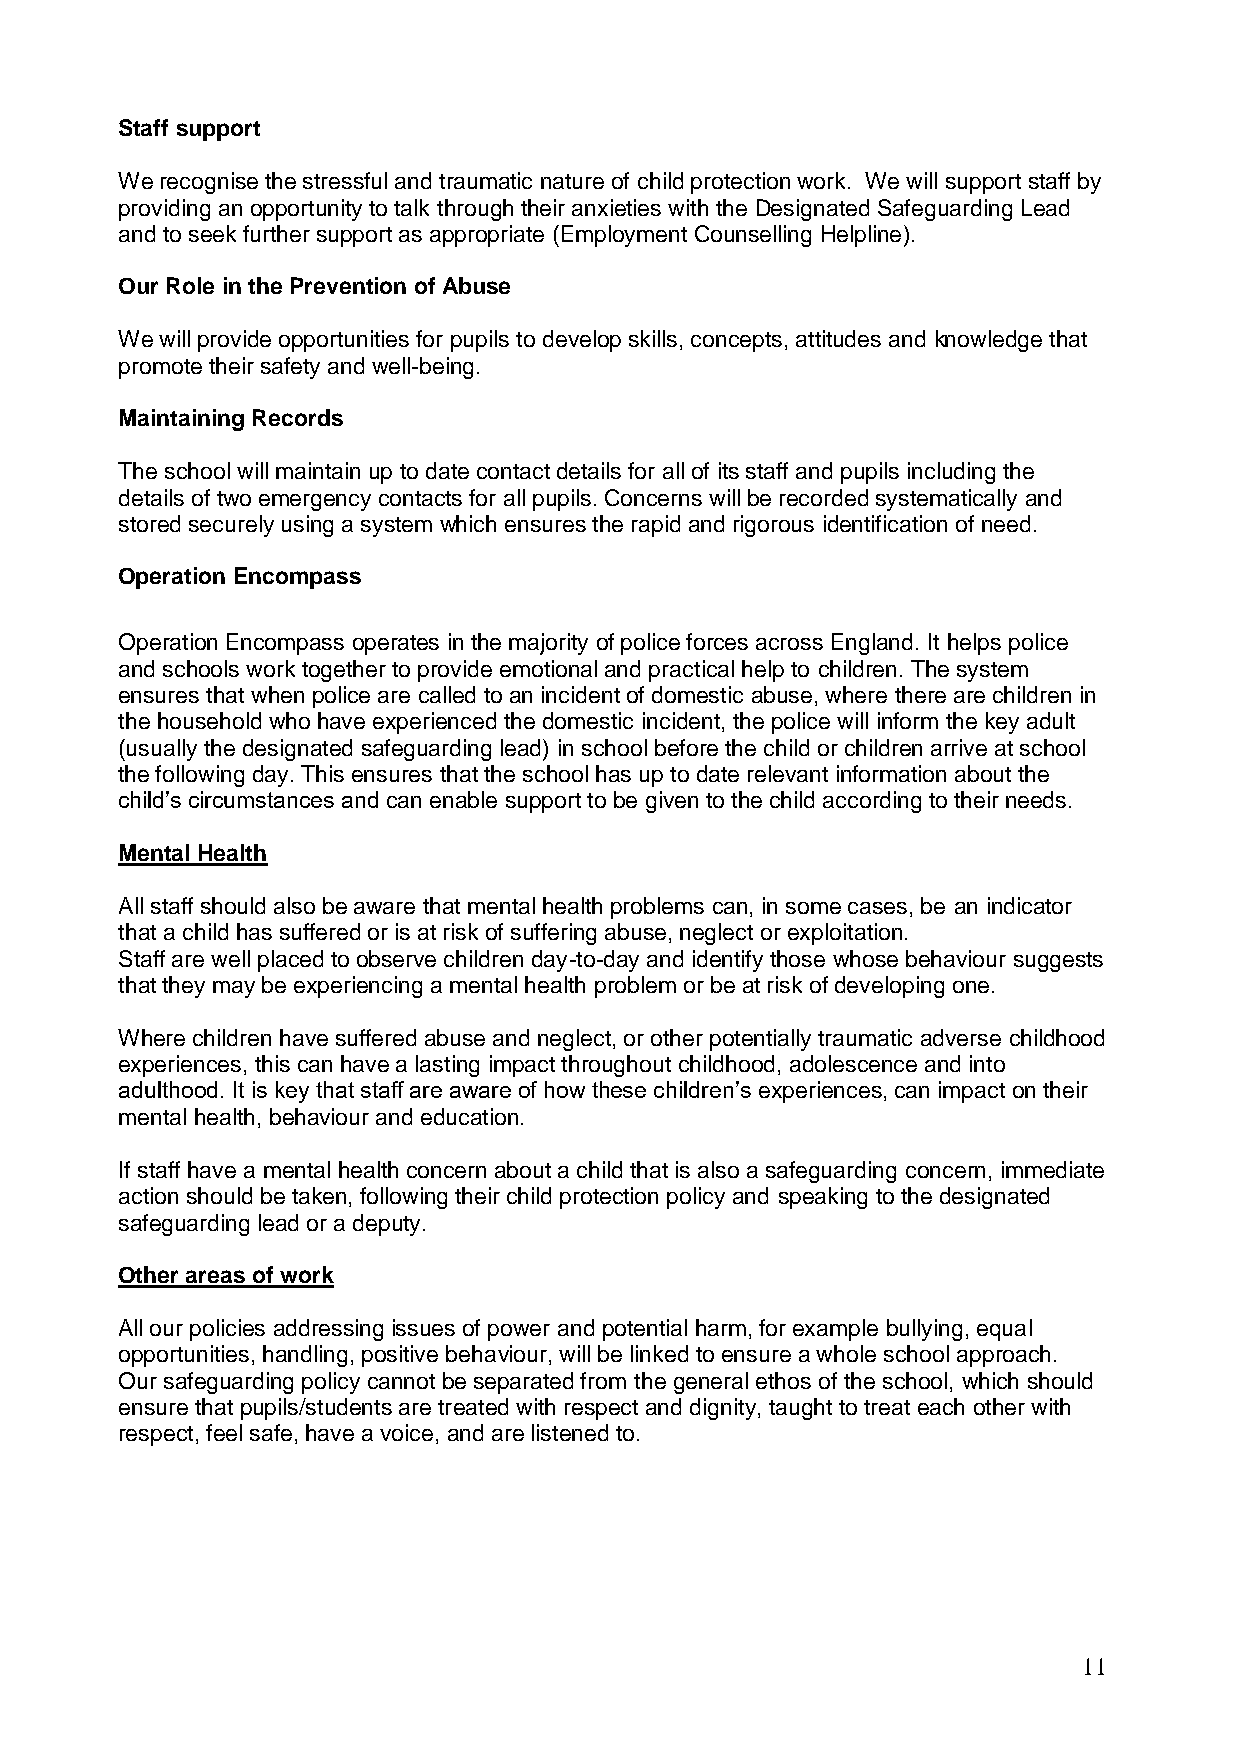
Staff support
 We recognise the stressful and traumatic nature of child protection work. We will support staff by
 providing an opportunity to talk through their anxieties with the Designated Safeguarding Lead
 and to seek further support as appropriate (Employment Counselling Helpline).
 Our Role in the Prevention of Abuse
 We will provide opportunities for pupils to develop skills, concepts, attitudes and knowledge that
 promote their safety and well-being.
 Maintaining Records
 The school will maintain up to date contact details for all of its staff and pupils including the
 details of two emergency contacts for all pupils. Concerns will be recorded systematically and
 stored securely using a system which ensures the rapid and rigorous identification of need.
 Operation Encompass
 Operation Encompass operates in the majority of police forces across England. It helps police
 and schools work together to provide emotional and practical help to children. The system
 ensures that when police are called to an incident of domestic abuse, where there are children in
 the household who have experienced the domestic incident, the police will inform the key adult
 (usually the designated safeguarding lead) in school before the child or children arrive at school
 the following day. This ensures that the school has up to date relevant information about the
 child’s circumstances and can enable support to be given to the child according to their needs.
 Mental Health
 All staff should also be aware that mental health problems can, in some cases, be an indicator
 that a child has suffered or is at risk of suffering abuse, neglect or exploitation.
 Staff are well placed to observe children day-to-day and identify those whose behaviour suggests
 that they may be experiencing a mental health problem or be at risk of developing one.
 Where children have suffered abuse and neglect, or other potentially traumatic adverse childhood
 experiences, this can have a lasting impact throughout childhood, adolescence and into
 adulthood. It is key that staff are aware of how these children’s experiences, can impact on their
 mental health, behaviour and education.
 If staff have a mental health concern about a child that is also a safeguarding concern, immediate
 action should be taken, following their child protection policy and speaking to the designated
 safeguarding lead or a deputy.
 Other areas of work
 All our policies addressing issues of power and potential harm, for example bullying, equal
 opportunities, handling, positive behaviour, will be linked to ensure a whole school approach.
 Our safeguarding policy cannot be separated from the general ethos of the school, which should
 ensure that pupils/students are treated with respect and dignity, taught to treat each other with
 respect, feel safe, have a voice, and are listened to.
 11